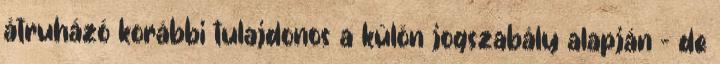
átruházó korábbi tulajdonos a külön jogszabály alapján – de